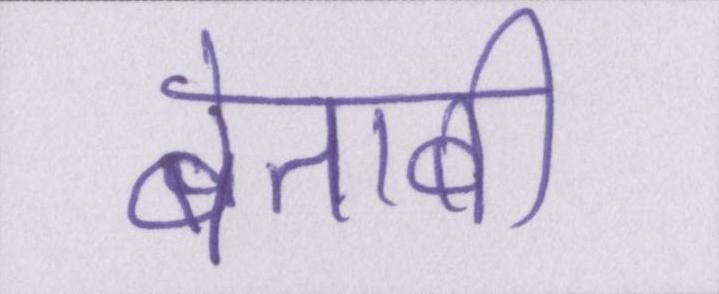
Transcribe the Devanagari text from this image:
बेताबी